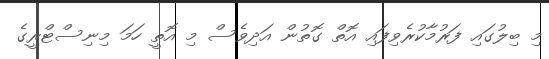
މި ބިލުގައި ފަރުމާކުރެވިފައި އޮތް ގޮތުން އަދިވެސް މި އޮތީ ހަމަ މިނިސްޓްރީގެ